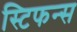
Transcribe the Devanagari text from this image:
स्टिफन्स